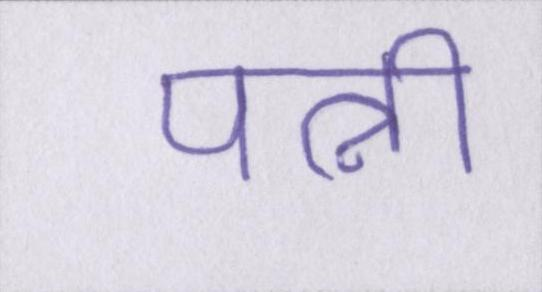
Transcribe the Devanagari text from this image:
पत्नी